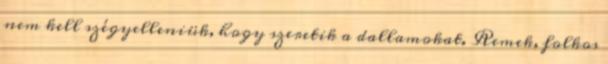
nem kell szégyelleniük, hogy szeretik a dallamokat. Remek, folkos